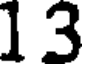
1 3